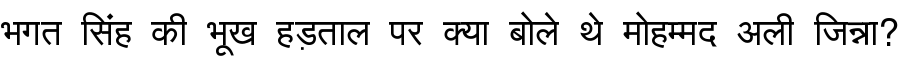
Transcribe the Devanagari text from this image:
भगत सिंह की भूख हड़ताल पर क्या बोले थे मोहम्मद अली जिन्ना?